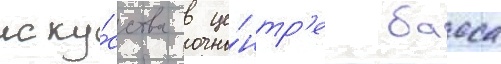
иску́сства в це́нтр'е басса